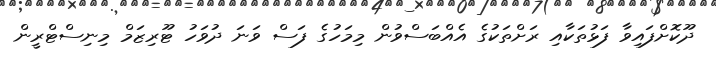
ދޫކޮށްފައިވާ ފަޅުތަކާއި ރަށްތަކުގެެ އެއްބަސްވުން މިމަހުގެ ފަސް ވަަނަ ދުވަހު ޓޫރިޒަމް މިނިސްޓްރީން